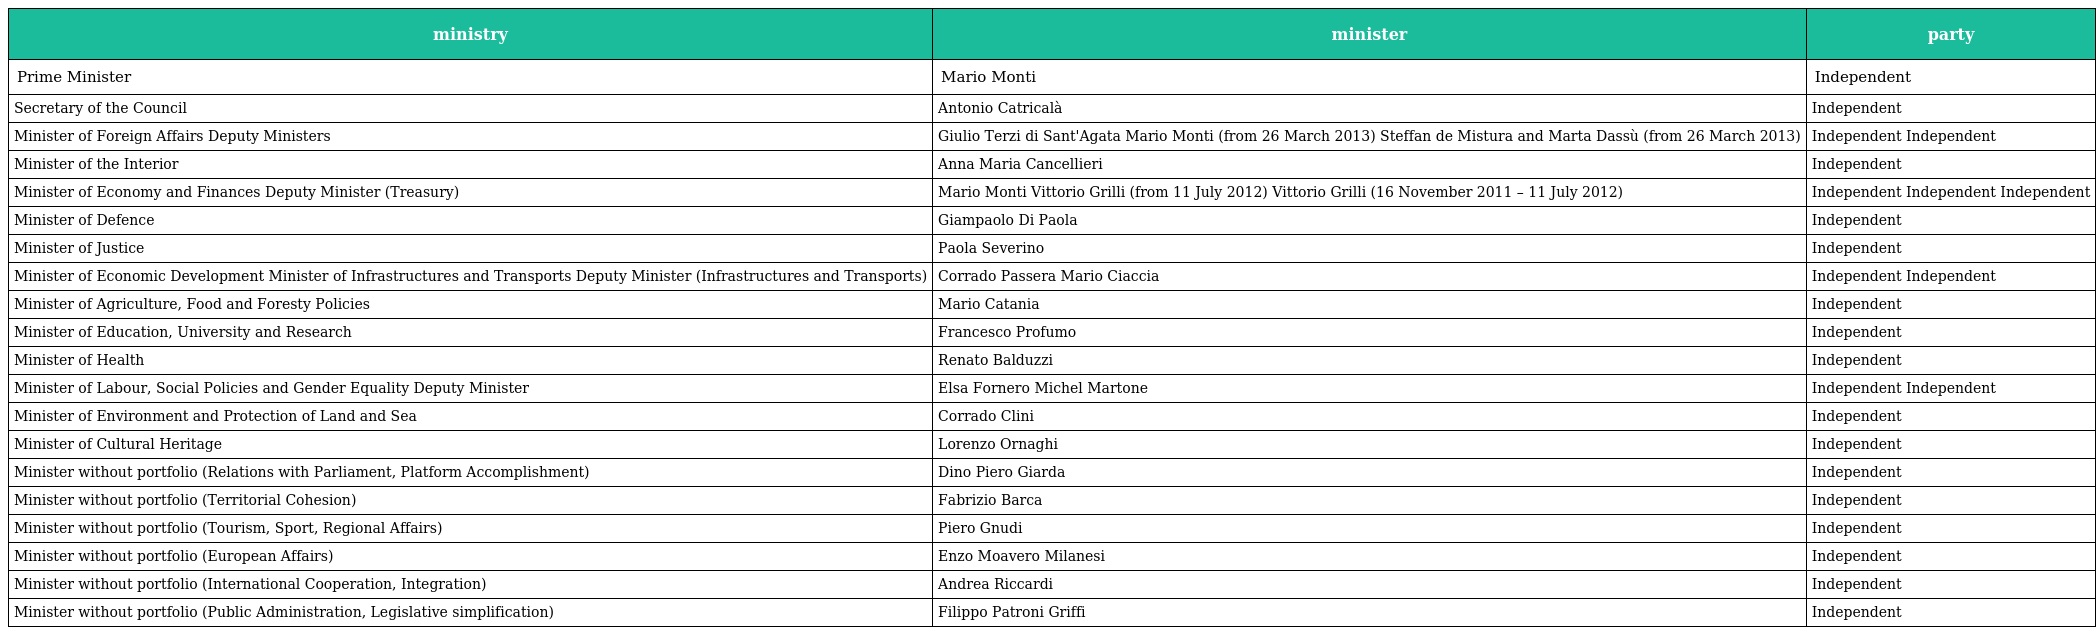
| ministry | minister | party |
 | --- | --- | --- |
 | Prime Minister | Mario Monti | Independent |
 | Secretary of the Council | Antonio Catricalà | Independent |
 | Minister of Foreign Affairs Deputy Ministers | Giulio Terzi di Sant'Agata Mario Monti (from 26 March 2013) Steffan de Mistura and Marta Dassù (from 26 March 2013) | Independent Independent |
 | Minister of the Interior | Anna Maria Cancellieri | Independent |
 | Minister of Economy and Finances Deputy Minister (Treasury) | Mario Monti Vittorio Grilli (from 11 July 2012) Vittorio Grilli (16 November 2011 – 11 July 2012) | Independent Independent Independent |
 | Minister of Defence | Giampaolo Di Paola | Independent |
 | Minister of Justice | Paola Severino | Independent |
 | Minister of Economic Development Minister of Infrastructures and Transports Deputy Minister (Infrastructures and Transports) | Corrado Passera Mario Ciaccia | Independent Independent |
 | Minister of Agriculture, Food and Foresty Policies | Mario Catania | Independent |
 | Minister of Education, University and Research | Francesco Profumo | Independent |
 | Minister of Health | Renato Balduzzi | Independent |
 | Minister of Labour, Social Policies and Gender Equality Deputy Minister | Elsa Fornero Michel Martone | Independent Independent |
 | Minister of Environment and Protection of Land and Sea | Corrado Clini | Independent |
 | Minister of Cultural Heritage | Lorenzo Ornaghi | Independent |
 | Minister without portfolio (Relations with Parliament, Platform Accomplishment) | Dino Piero Giarda | Independent |
 | Minister without portfolio (Territorial Cohesion) | Fabrizio Barca | Independent |
 | Minister without portfolio (Tourism, Sport, Regional Affairs) | Piero Gnudi | Independent |
 | Minister without portfolio (European Affairs) | Enzo Moavero Milanesi | Independent |
 | Minister without portfolio (International Cooperation, Integration) | Andrea Riccardi | Independent |
 | Minister without portfolio (Public Administration, Legislative simplification) | Filippo Patroni Griffi | Independent |